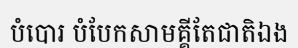
បំបោរ បំបែកសាមគ្គីតែជាតិឯង